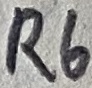
Text: R6